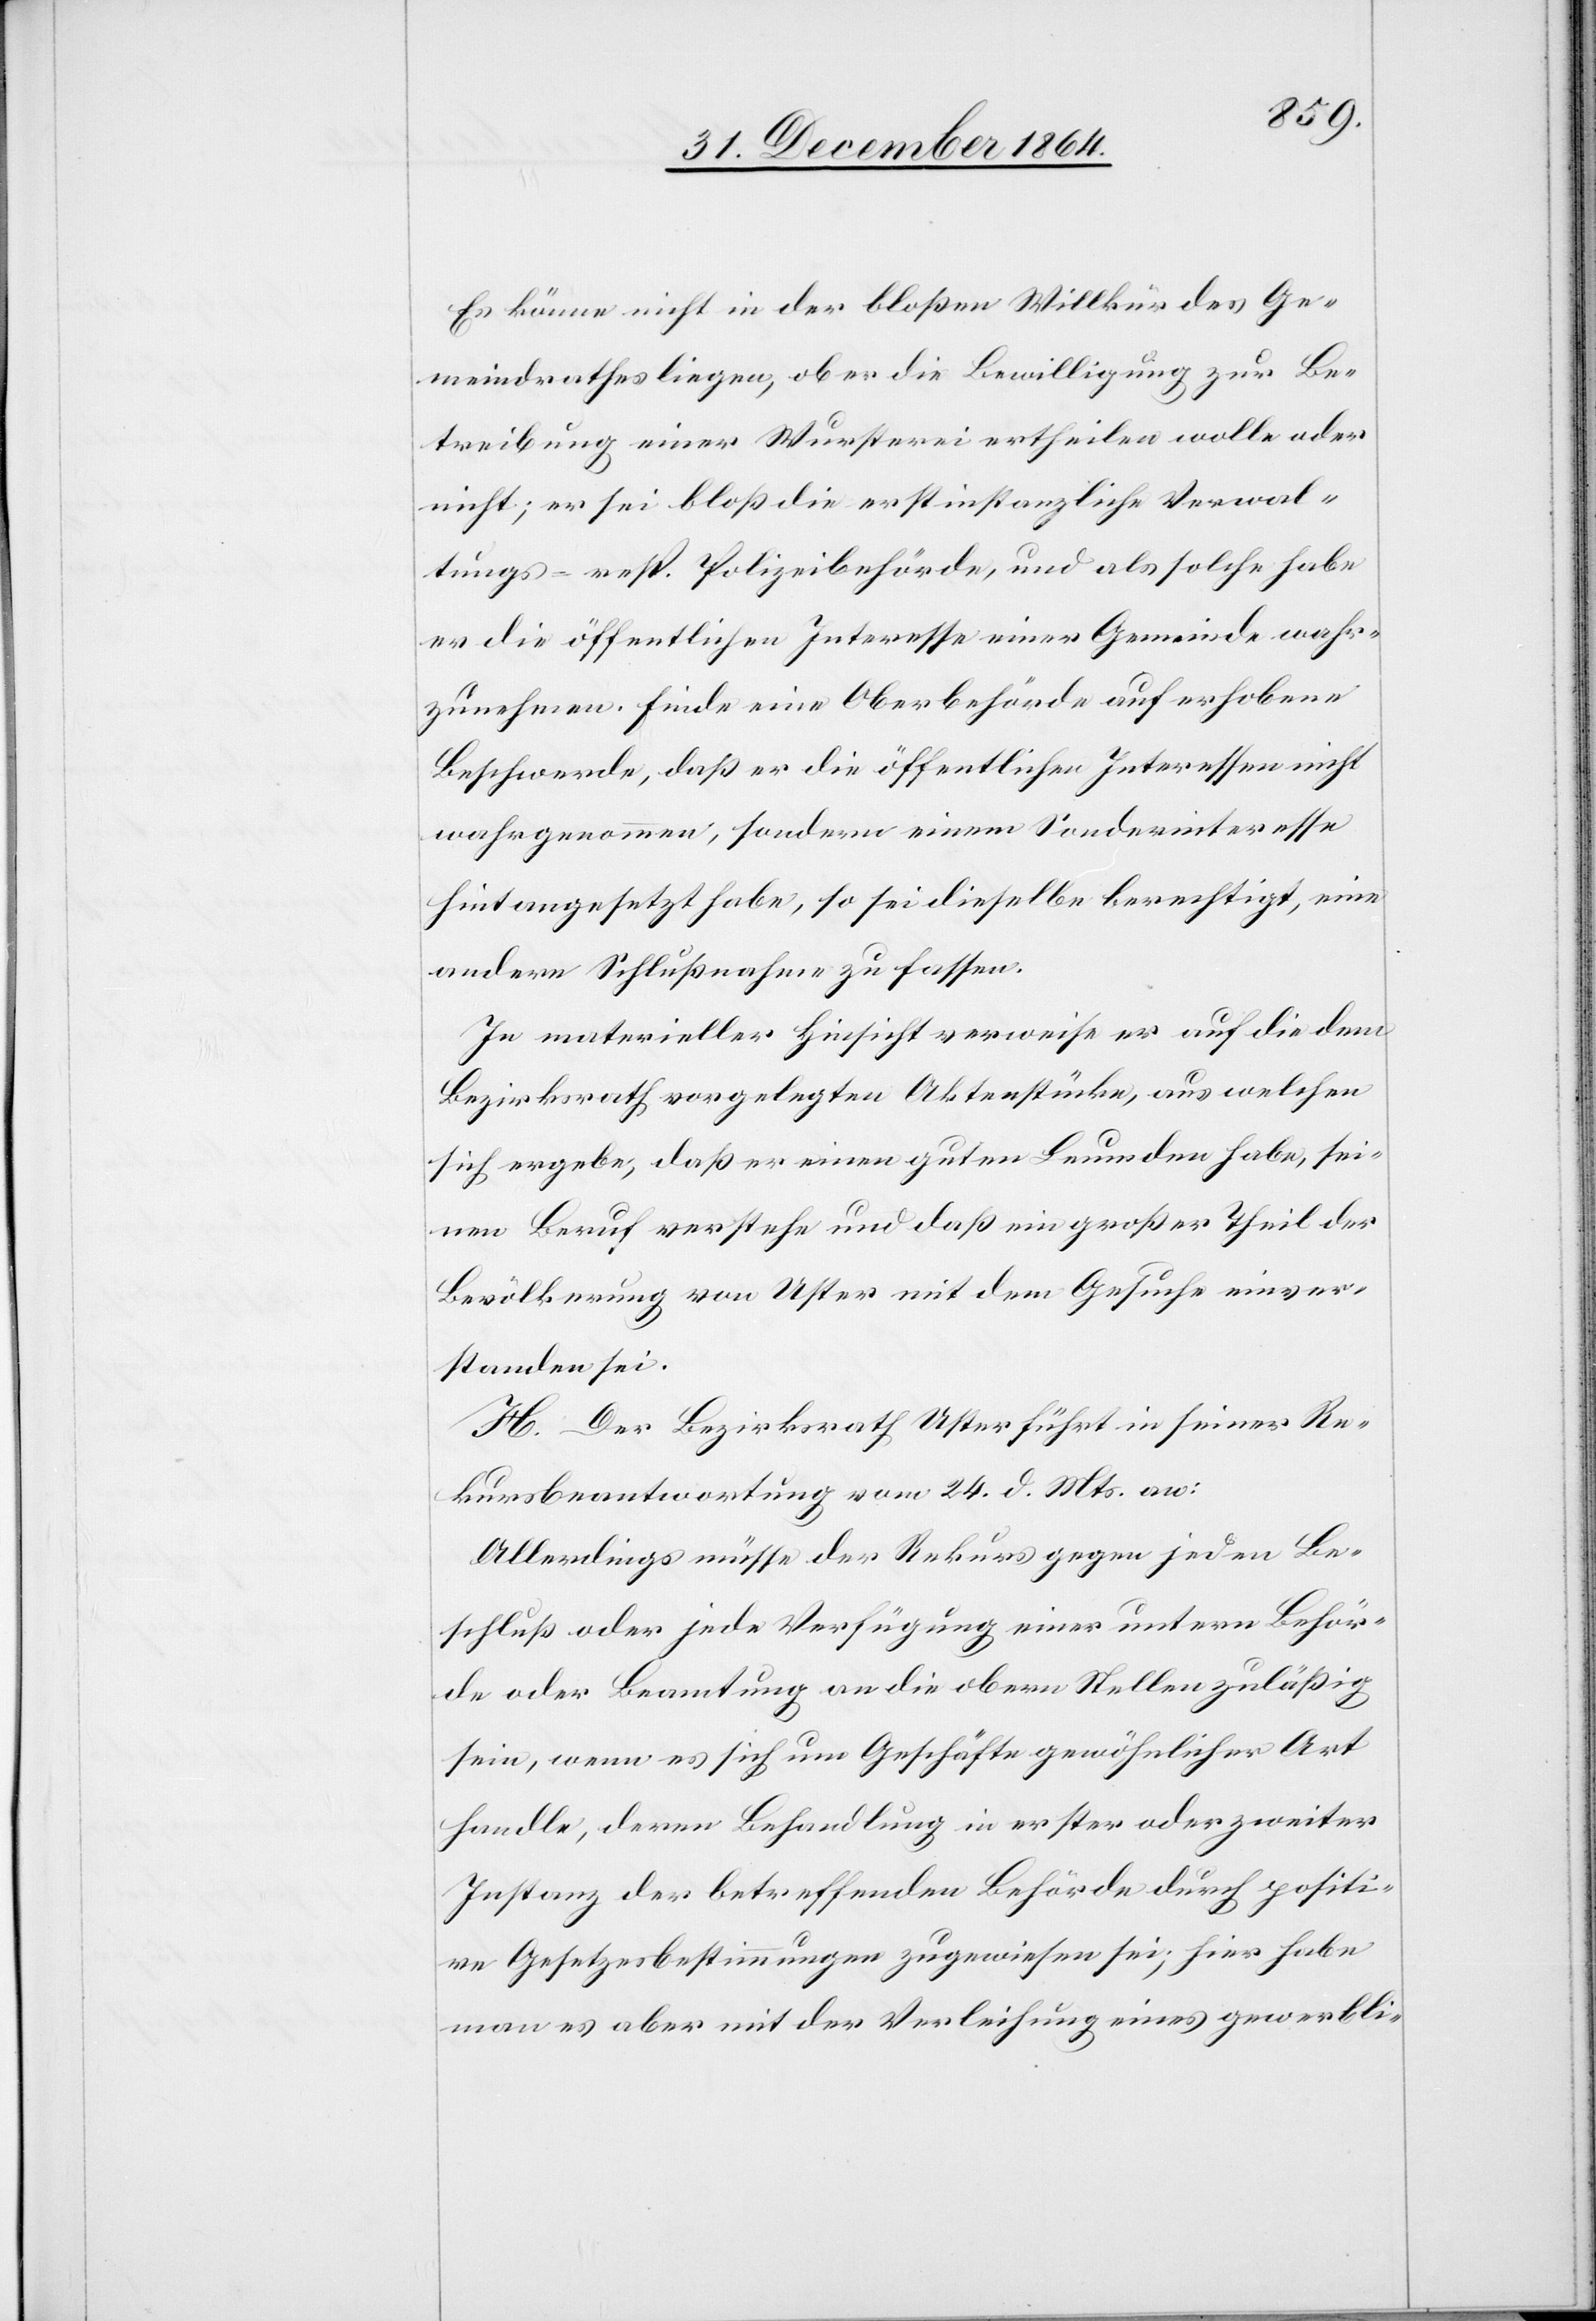
Es könne nicht in der bloßen Willkür des Ge¬
meindrathes liegen, ob er die Bewilligung zur Be¬
treibung einer Wursterei ertheilen wolle oder
nicht; er sei bloß die erstinstanzliche Verwal¬
tungs- resp. Polizeibehörde, und als solche habe
er die öffentlichen Interesse[n] einer Gemeinde wahr¬
zunehmen. Finde eine Oberbehörde auf erhobene
Beschwerde, daß er die öffentlichen Interessen nicht
wahrgenommen, sondern einem Sonderinteresse
hintangesetzt habe, so sei dieselbe berechtigt, eine
andere Schlußnahme zu fassen.
In materieller Hinsicht verweise er auf die dem
Bezirksrath vorgelegten Aktenstücke, aus welchen
sich ergebe, daß er einen guten Leumden habe, sei¬
nen Beruf verstehe und daß ein großer Theil der
Bevölkerung von Uster mit dem Gesuche einver¬
standen sei.
H. Der Bezirksrath Uster führt in seiner Re¬
kursbeantwortung vom 24. d. Mts. an:
Allerdings müsse der Rekurs gegen jeden Be¬
schluß oder jede Verfügung einer untern Behör¬
de oder Beamtung an die obern Stellen zuläßig
sein, wenn es sich um Geschäfte gewöhnlicher Art
handle, deren Behandlung in erster oder zweiter
Instanz der betreffenden Behörde durch politi¬
sche Gesetzesbestimmungen zugewiesen sei; hier habe
man es aber mit der Verleihung eines gewerbli-